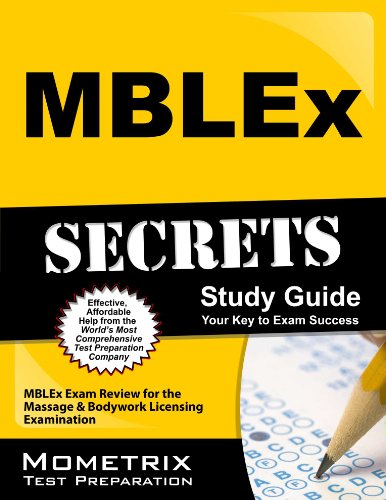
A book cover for MBLEx Secrets Study Guide: MBLEx Exam Review for the Massage & Bodywork Licensing Examination; MBLEx Exam Secrets Test Prep Team; Test Preparation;